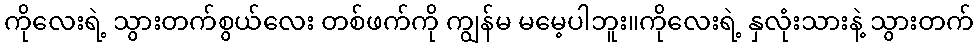
ကိုလေးရဲ့ သွားတက်စွယ်လေး တစ်ဖက်ကို ကျွန်မ မမေ့ပါဘူး။ကိုလေးရဲ့ နှလုံးသားနဲ့ သွားတက်